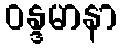
ဝန္ဒမာနာ